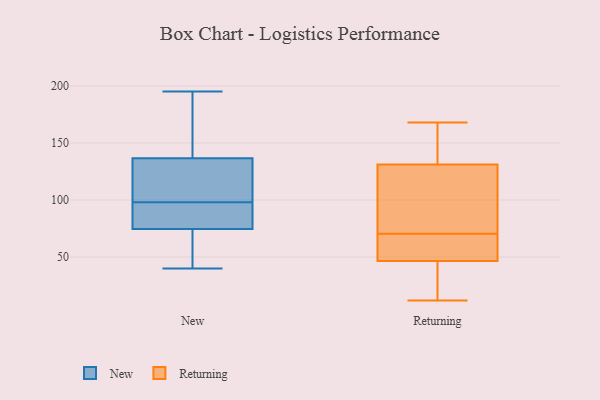
{"axis": {"x": "Revenue (USD Million)", "y": "Value"}, "legend": ["New", "Returning"], "data": [{"x": "", "y": 40, "type": "New"}, {"x": "", "y": 149, "type": "New"}, {"x": "", "y": 56, "type": "New"}, {"x": "", "y": 79, "type": "New"}, {"x": "", "y": 95, "type": "New"}, {"x": "", "y": 139, "type": "New"}, {"x": "", "y": 195, "type": "New"}, {"x": "", "y": 177, "type": "New"}, {"x": "", "y": 120, "type": "New"}, {"x": "", "y": 87, "type": "New"}, {"x": "", "y": 129, "type": "New"}, {"x": "", "y": 101, "type": "New"}, {"x": "", "y": 73, "type": "New"}, {"x": "", "y": 73, "type": "New"}, {"x": "", "y": 76, "type": "New"}, {"x": "", "y": 134, "type": "New"}, {"x": "", "y": 73, "type": "Returning"}, {"x": "", "y": 82, "type": "Returning"}, {"x": "", "y": 133, "type": "Returning"}, {"x": "", "y": 43, "type": "Returning"}, {"x": "", "y": 79, "type": "Returning"}, {"x": "", "y": 50, "type": "Returning"}, {"x": "", "y": 50, "type": "Returning"}, {"x": "", "y": 68, "type": "Returning"}, {"x": "", "y": 12, "type": "Returning"}, {"x": "", "y": 138, "type": "Returning"}, {"x": "", "y": 129, "type": "Returning"}, {"x": "", "y": 39, "type": "Returning"}, {"x": "", "y": 51, "type": "Returning"}, {"x": "", "y": 168, "type": "Returning"}, {"x": "", "y": 39, "type": "Returning"}, {"x": "", "y": 137, "type": "Returning"}]}